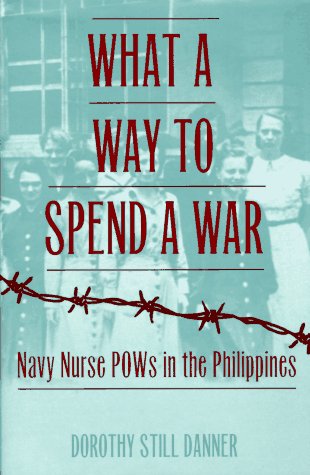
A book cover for What a Way to Spend a War: Navy Nurse POWs in the Philippines; Dorothy Still Danner; Biographies & Memoirs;